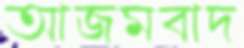
আজমবাদ